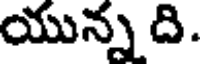
యున్న ది.